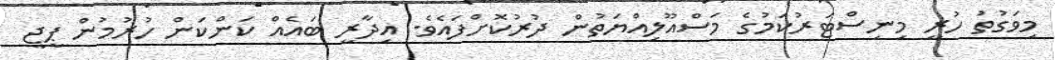
މިވަގުތު ހުރީ މިނިސްޓަރުކަމުގެ މަސްއޫލިއްޔަތުން ދުރުކޮށްފައެވެ. އިދާރީ ބައެއް ކަންކަން ހުރުމުން ޕީޖީ